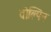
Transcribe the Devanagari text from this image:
वोल्पिन